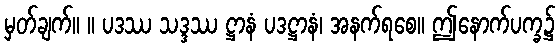
မှတ်ချက်။ ။ ပဒဿ သဒ္ဒဿ ဋ္ဌာနံ ပဒဋ္ဌာနံ၊ အနက်ရစေ။ ဤနောက်ပက္ခ၌